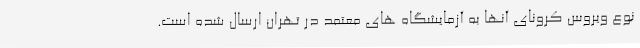
نوع ویروس کرونای آنها به آزمایشگاه های معتمد در تهران ارسال شده است.